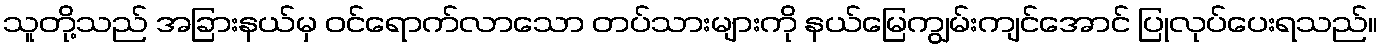
သူတို့သည် အခြားနယ်မှ ဝင်ရောက်လာသော တပ်သားများကို နယ်မြေကျွမ်းကျင်အောင် ပြုလုပ်ပေးရသည်။